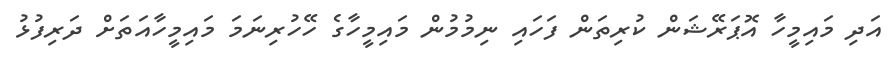
އަދި މައިމީހާ އޮޕަރޭޝަން ކުރިތަން ފަހައި ނިމުމުން މައިމީހާގެ ހޭހުރިނަމަ މައިމީހާއަތަށް ދަރިފުޅު